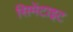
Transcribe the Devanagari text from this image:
सिमेंटाइट